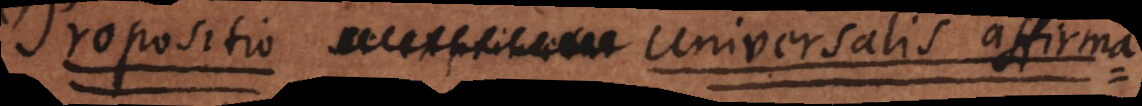
propositiones (universales affirmativae